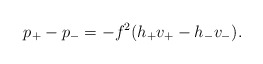
\begin{align*} p_+-p_-=-f^2(h_+v_+-h_-v_-).\end{align*}